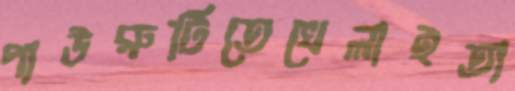
পাউরুটিতেখেলাইতা